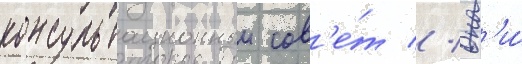
консультационныи сов'е́т // Он'и́